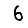
Digit: 6